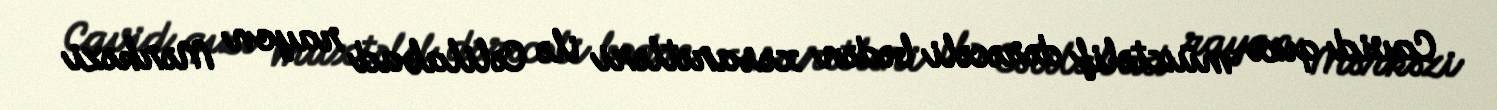
Cavid qızı müxtəlif dərəcəli bədən xəsarətləri ilə Cəlilabad rayon Mərkəzi